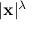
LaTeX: | \mathbf { x } | ^ { \lambda }